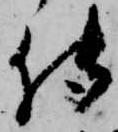
伝